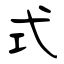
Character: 式